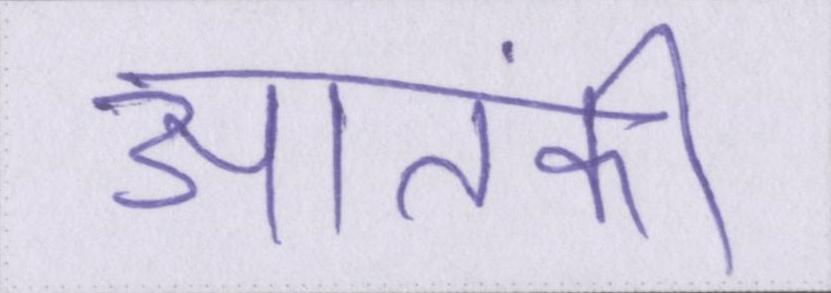
आतंकी